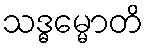
သဒ္ဓမ္မောတိ